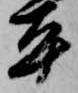
平